Report on vaccination in the Province of Bengal - 1874-1889
Year: 1874
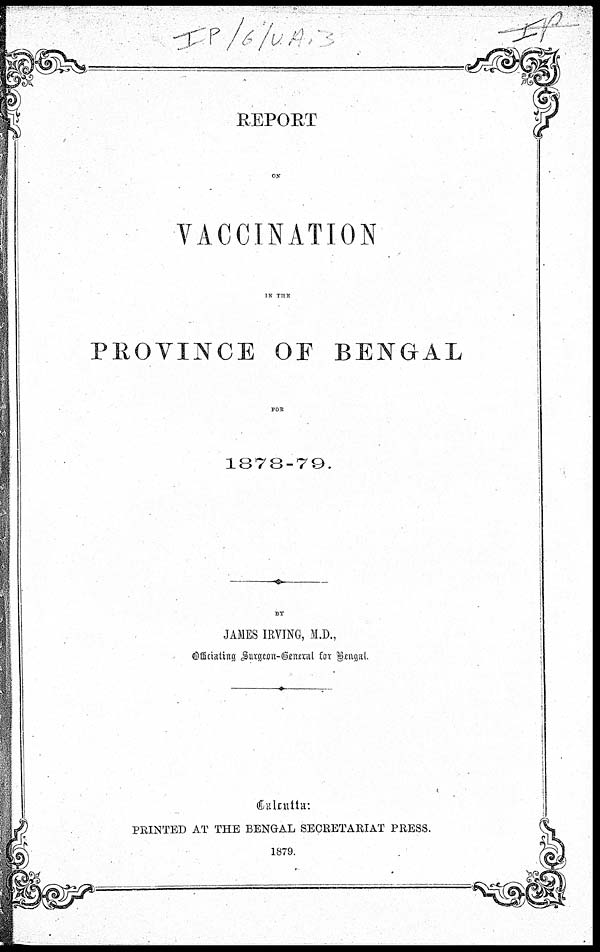
REPORT
ON
VACCINATION
IN THE
PROVINCE OF BENGAL
FOR
1878-79.
BY
JAMES IRVING, M.D.,
Officiating Surgeon-General for Bengal.
Calcutta:
PRINTED AT THE BENGAL SECRETARIAT PRESS.
1879.